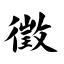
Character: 徵